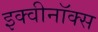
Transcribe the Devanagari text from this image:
इक्वीनॉक्स